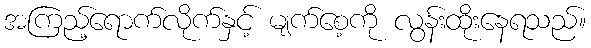
အကြည့်ရောက်လိုက်နှင့် မျက်စေ့ကို လွန်းထိုးနေရသည်။